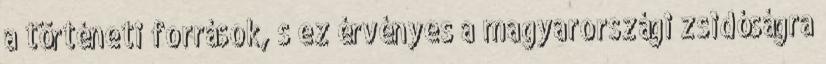
a történeti források, s ez érvényes a magyarországi zsidóságra